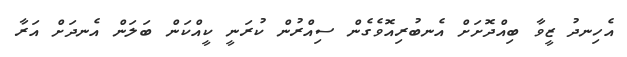
އެހިނދު ޒީވާ ބިއްދޮށަށް އެނބުރިއޮވެގެން ސިއްރުން ކުރަނީ ކީއްކަން ބަލަން އެނދަށް އަރާ